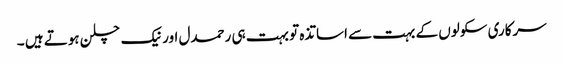
سرکاری سکولوں کے بہت سے اساتذہ تو بہت ہی رحمدل اور نیک چلن ہوتے ہیں ۔